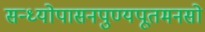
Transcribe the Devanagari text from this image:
सन्ध्योपासनपुण्यपूतमनसो